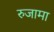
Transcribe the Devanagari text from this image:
रुजामा